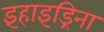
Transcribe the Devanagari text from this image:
इंहाइड्रिना